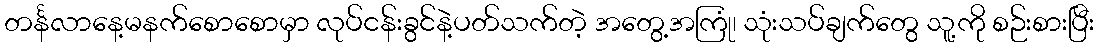
တင်္နလာနေ့မနက်စောစောမှာ လုပ်ငန်းခွင်နဲ့ပတ်သက်တဲ့ အတွေ့အကြုံ၊ သုံးသပ်ချက်တွေ သူ့ကို စဉ်းစားပြီး